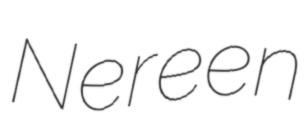
Nereen